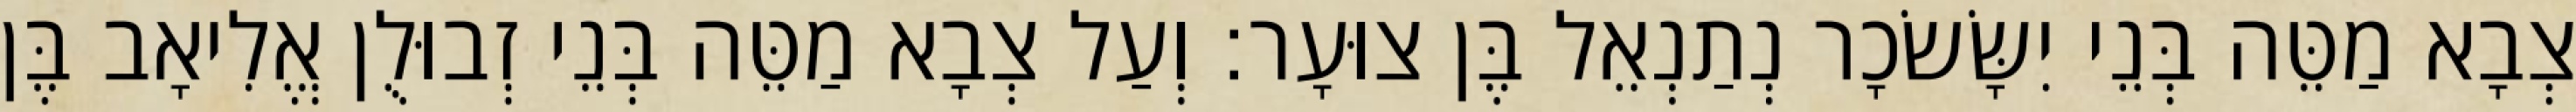
צְבָא מַטֵּה בְּנֵי יִשָּׂשׂכָר נְתַנְאֵל בֶּן צוּעָר׃ וְעַל צְבָא מַטֵּה בְּנֵי זְבוּלֻן אֱלִיאָב בֶּן